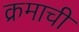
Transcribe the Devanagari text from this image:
क्रमाची